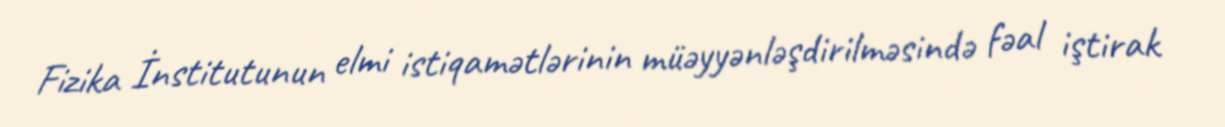
Fizika İnstitutunun elmi istiqamətlərinin müəyyənləşdirilməsində fəal iştirak